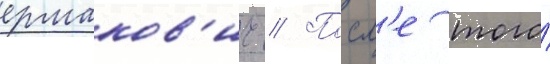
ермаков'ич // Посл'е того́